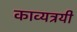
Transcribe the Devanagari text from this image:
काव्यत्रयी